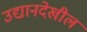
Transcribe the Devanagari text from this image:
उद्यानदेखील